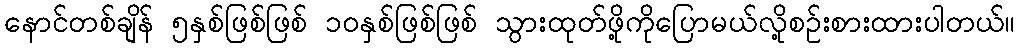
နောင်တစ်ချိန် ၅နှစ်ဖြစ်ဖြစ် ၁၀နှစ်ဖြစ်ဖြစ် သွားထုတ်ဖို့ကိုပြောမယ်လို့စဉ်းစားထားပါတယ်။